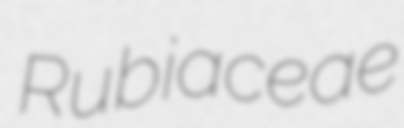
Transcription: Rubiaceae